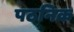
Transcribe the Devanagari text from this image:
पठनिक